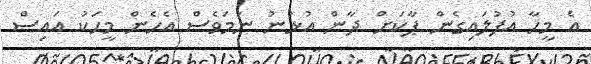
އެ މީހާ އުފުލައިގެން ޕާކަށް ދާން އުޅުނު ނަމަވެސް އެހެން މީހަކު އައިސް